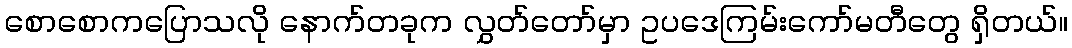
စောစောကပြောသလို နောက်တခုက လွှတ်တော်မှာ ဥပဒေကြမ်းကော်မတီတွေ ရှိတယ်။